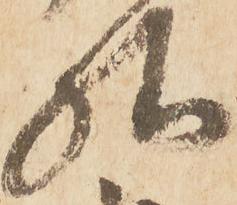
様